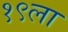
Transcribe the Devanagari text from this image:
१९ला